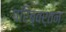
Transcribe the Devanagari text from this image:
परिब्वर्तन